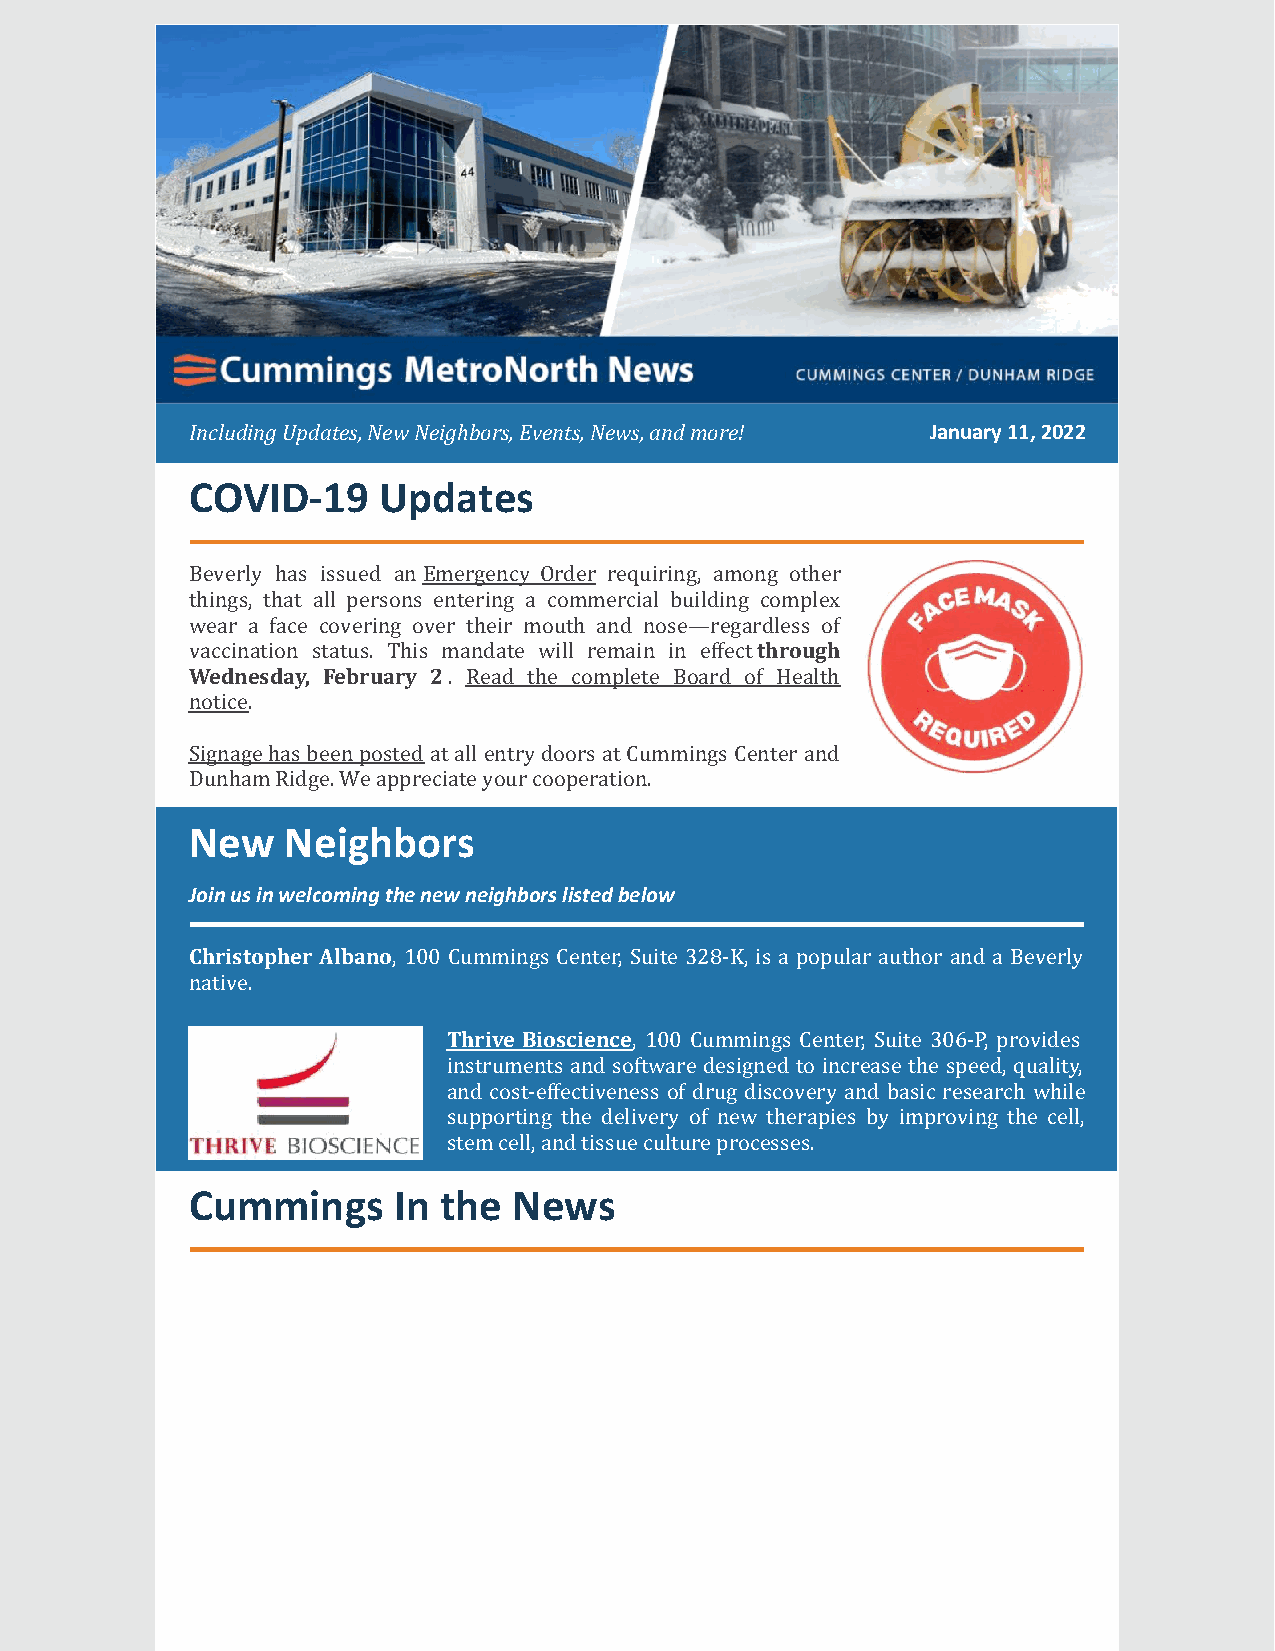
Including Updates, New Neighbors, Events, News, and more! January 11, 2022​
 COVID-19    Updates
 Beverly has issued an Emergency Order requiring, among other
 things, that all persons entering a commercial building complex
 wear a face covering over their mouth and nose—regardless of
 vaccination status. This mandate will remain in effect through
 Wednesday, February 2. Read the complete Board of Health
 notice.
 Signage has been posted at all entry doors at Cummings Center and
 Dunham Ridge. We appreciate your cooperation.
 New   Neighbors
 Join us in welcoming the new neighbors listed below
 Christopher Albano, 100 Cummings Center, Suite 328-K, is a popular author and a Beverly
 native.
 Thrive Bioscience, 100 Cummings Center, Suite 306-P, provides
 instruments and software designed to increase the speed, quality,
 and cost-effectiveness of drug discovery and basic research while
 supporting the delivery of new therapies by improving the cell,
 stem cell, and tissue culture processes.
 Cummings     In the  News